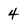
Character: 4